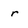
Character: r